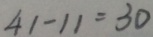
4 1 - 1 1 = 3 0